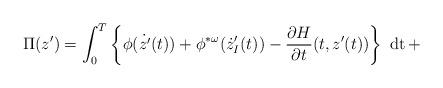
LaTeX: \begin{align*}\Pi(z') = \int_{0}^{T} \left\{ \phi(\dot{z'}(t)) + \phi^{*\omega}(\dot{z}'_{I}(t)) - \frac{\partial H}{\partial t}(t,z'(t)) \right\} \mbox{ dt} \, + \end{align*}